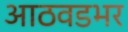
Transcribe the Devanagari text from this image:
आठवडभर